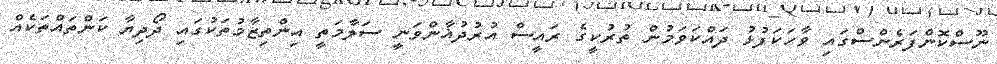
ނޫސްކޮންފަރެންސްގައި ވާހަކަފުޅު ދައްކަވަމުން ތުރުކީގެ ރައީސް އުރުދުޣާންވަނީ ސަލާމަތީ އިންތިޒާމުތަކުގައި ދޯދިޔާ ކަންތައްތަކެއް